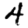
Digit: 4